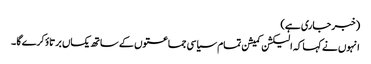
(خبر جاری ہے)
انہوں نے کہا کہ الیکشن کمیشن تمام سیاسی جماعتوں کے ساتھ یکساں برتاؤ کرے گا ۔